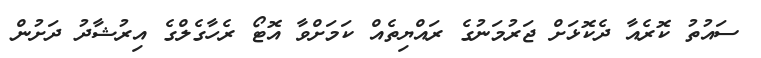
ސައުތު ކޮރެއާ ދެކޮޅަށް ޖަރުމަނުގެ ރައްޔިތެއް ކަމަށްވާ އޮޓޯ ރެހާގެލްގެ އިރުޝާދު ދަށުން